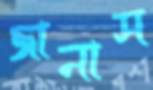
জানাস